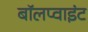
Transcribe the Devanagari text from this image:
बॉलप्वाइंट